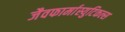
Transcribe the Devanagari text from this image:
जैवफार्मास्युटिकल्स